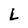
Character: L